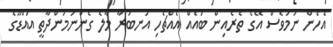
އެހެން ނަމަވެސް އޭގެ ތެރެއިން ބައެއް އެއްޗެހި އަނބުރާ މާލެ ގެންނަމުންދާތީ އައްޑޫގެ